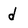
Character: d